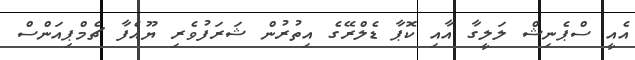
އެއީ ސްޕެނިޝް ލަލީގާ އާއި ކޮޕާ ޑެލްރޭގެ އިތުރުން ޝަރަފުވެރި ޔޫއެފާ ޗެމްޕިއަންސް